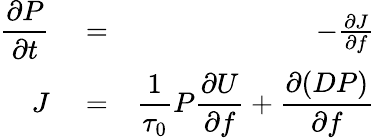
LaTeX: \begin{array}{rlr}{\displaystyle\frac{\partial P}{\partial t}}&{{}=}&{-\frac{\partial J}{\partial f}}\\ {J}&{{}=}&{\displaystyle\frac{1}{\tau_{0}}P\frac{\partial U}{\partial f}+\frac{\partial(DP)}{\partial f}}\end{array}